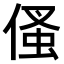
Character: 𠋺